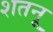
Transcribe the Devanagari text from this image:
शतनू